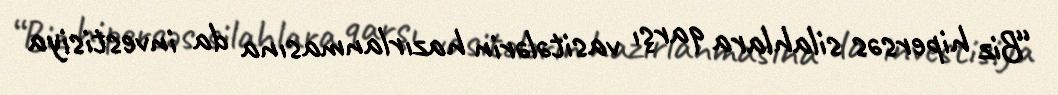
“Biz hipersəs silahlara qarşı vasitələrin hazırlanmasına da investisiya